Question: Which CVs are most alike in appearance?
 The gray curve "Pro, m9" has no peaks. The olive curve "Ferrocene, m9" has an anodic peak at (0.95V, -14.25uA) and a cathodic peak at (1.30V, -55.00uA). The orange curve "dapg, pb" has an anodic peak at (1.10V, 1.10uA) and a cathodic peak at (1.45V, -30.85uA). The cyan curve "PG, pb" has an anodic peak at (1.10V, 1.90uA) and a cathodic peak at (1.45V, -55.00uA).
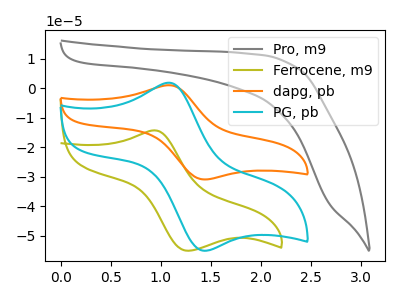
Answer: <think>"Pro, m9" and "Ferrocene, m9" have a different number of peaks. "Pro, m9" and "dapg, pb" have a different number of peaks. "Pro, m9" and "PG, pb" have a different number of peaks. "Ferrocene, m9" and "dapg, pb" have at least one peak that do not match. "Ferrocene, m9" and "PG, pb" have at least one peak that do not match. All the peaks in "dapg, pb" have a peak in "PG, pb" at the same potential. Every peak in "dapg, pb" is lower than every peak in "PG, pb".
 </think>
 <answer>"PG, pb" and "dapg, pb" have the same shape and are likely CV's of the same chemical.</answer>
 <eval>"PG, pb" "dapg, pb"</eval>